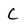
Character: C